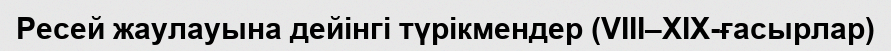
Ресей жаулауына дейінгі түрікмендер (VIII–XIX-ғасырлар)